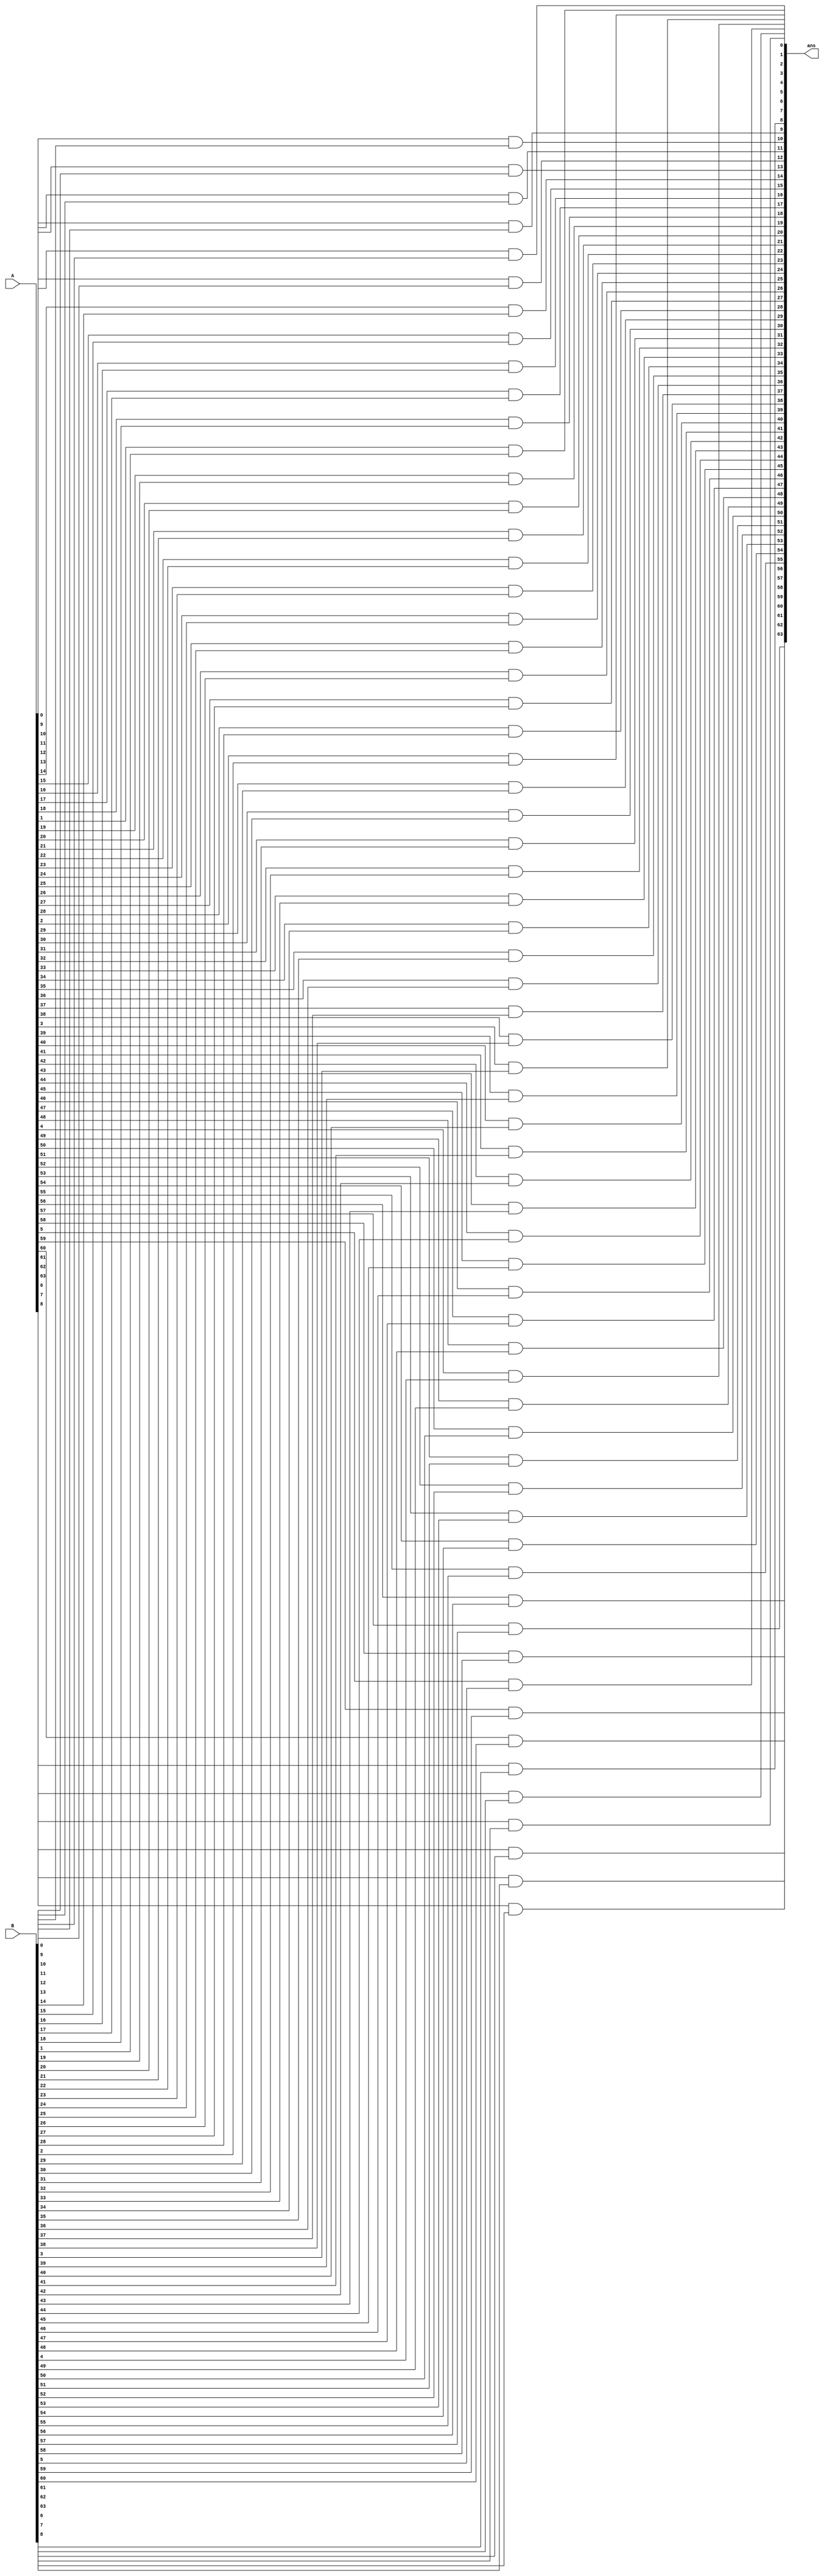
`timescale 1ns/10ps



module bit64_and (ans,A,B);

input signed  [63:0] A;
input signed [63:0] B;
output signed [63:0] ans;





genvar i;

   generate for(i = 0; i < 64; i = i + 1)
    begin
        and inst1(ans[i],A[i],B[i]);
    end
    
   endgenerate 




endmodule